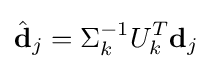
{\hat {\textbf {d}}}_{j}=\Sigma _{k}^{-1}U_{k}^{T}{\textbf {d}}_{j}